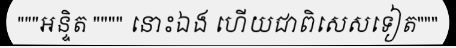
"""អន្ទិត """" នោះឯង ហើយជាពិសេសទៀត"""